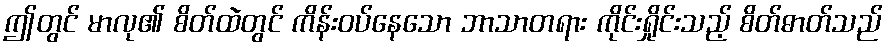
ဤတွင် မာလု၏ စိတ်ထဲတွင် ကိန်းဝပ်နေသော ဘာသာတရား ကိုင်းရှိုင်းသည့် စိတ်ဓာတ်သည်